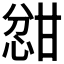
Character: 𫺦